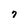
Character: 7